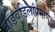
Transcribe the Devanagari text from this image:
वाडवडिलांप्रमाणेच